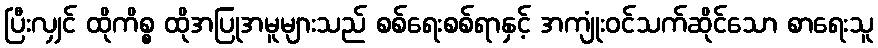
ပြီးလျှင် ထိုကိစ္စ ထိုအပြုအမူများသည် စစ်ရေးစစ်ရာနှင့် အကျုံးဝင်သက်ဆိုင်သော စာရေးသူ